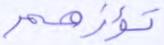
تؤزهم